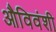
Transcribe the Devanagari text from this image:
औविवंशी